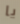
يا